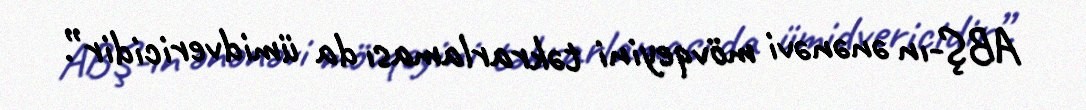
ABŞ-ın ənənəvi mövqeyini təkrarlaması da ümidvericidir”.